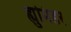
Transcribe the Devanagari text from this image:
ह्युमिडर